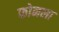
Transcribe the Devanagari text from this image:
फोनला